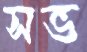
সভ